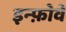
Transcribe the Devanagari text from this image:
इन्फ़ोवे